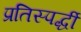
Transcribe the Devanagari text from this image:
प्रतिस्‍पर्द्धी